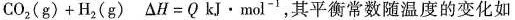
C o _ { 2 } ( g ) + H _ { 2 } ( g )$$ $$△ H = Q k J · m o 1 ^{ - 1 }，其平衡常数随温度的变化如